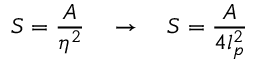
S = \frac { A } { \eta ^ { 2 } } \enspace \enspace \rightarrow \enspace \enspace S = \frac { A } { 4 l _ { p } ^ { 2 } }